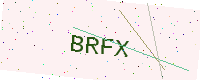
Text: BRFX